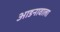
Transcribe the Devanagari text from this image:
आडनावाला